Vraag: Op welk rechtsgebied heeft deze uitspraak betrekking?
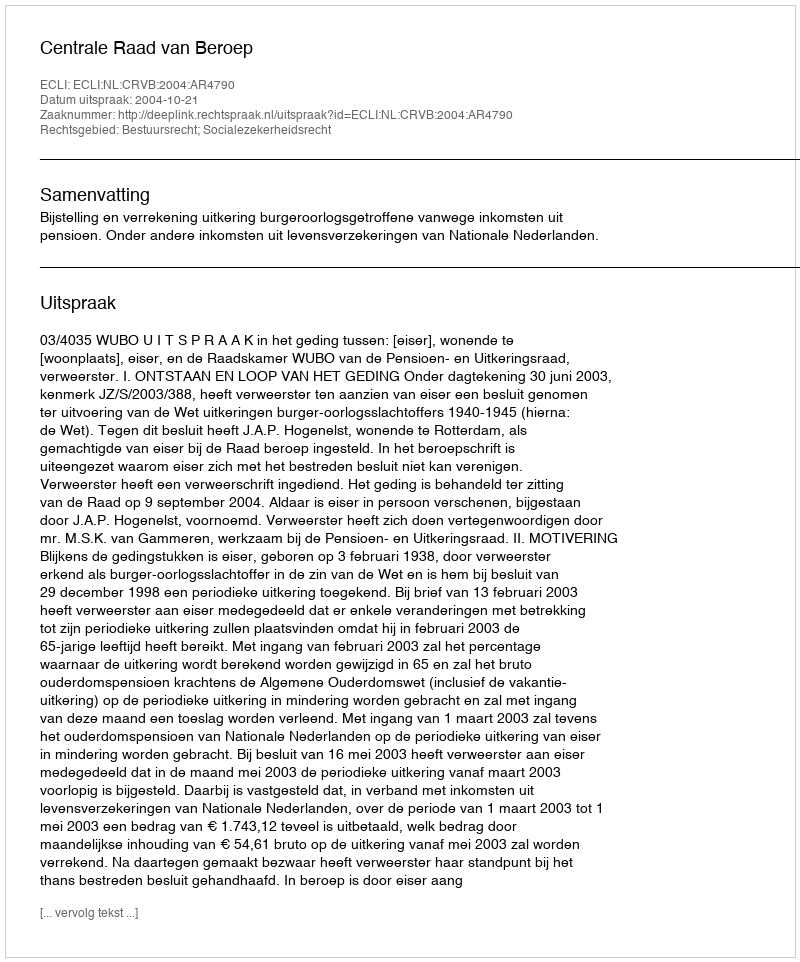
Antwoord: Bestuursrecht; Socialezekerheidsrecht